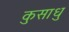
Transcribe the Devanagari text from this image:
कुसाधु